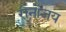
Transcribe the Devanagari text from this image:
रोनोजय